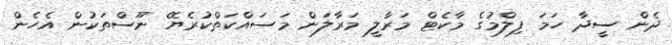
ދެން ސީދާ ހަމަ ފިލްމުގެ މާކެޓް މަރާލީ މަރާލަން މަސައްކަތްކުރެޔޭ ނޫސްތަކުން އެހެން